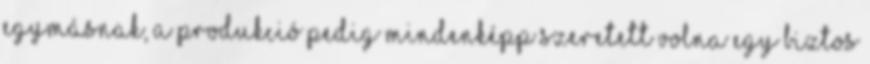
egymásnak, a produkció pedig mindenképp szeretett volna egy biztos